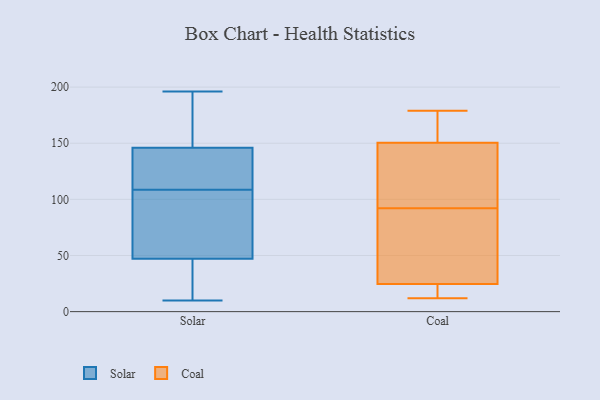
{"axis": {"x": "Operating Costs (USD K)", "y": "Value"}, "legend": ["Coal", "Solar"], "data": [{"x": "", "y": 108, "type": "Solar"}, {"x": "", "y": 183, "type": "Solar"}, {"x": "", "y": 172, "type": "Solar"}, {"x": "", "y": 99, "type": "Solar"}, {"x": "", "y": 47, "type": "Solar"}, {"x": "", "y": 33, "type": "Solar"}, {"x": "", "y": 10, "type": "Solar"}, {"x": "", "y": 109, "type": "Solar"}, {"x": "", "y": 196, "type": "Solar"}, {"x": "", "y": 60, "type": "Solar"}, {"x": "", "y": 40, "type": "Solar"}, {"x": "", "y": 146, "type": "Solar"}, {"x": "", "y": 124, "type": "Solar"}, {"x": "", "y": 109, "type": "Solar"}, {"x": "", "y": 123, "type": "Coal"}, {"x": "", "y": 20, "type": "Coal"}, {"x": "", "y": 29, "type": "Coal"}, {"x": "", "y": 12, "type": "Coal"}, {"x": "", "y": 171, "type": "Coal"}, {"x": "", "y": 93, "type": "Coal"}, {"x": "", "y": 14, "type": "Coal"}, {"x": "", "y": 169, "type": "Coal"}, {"x": "", "y": 132, "type": "Coal"}, {"x": "", "y": 179, "type": "Coal"}, {"x": "", "y": 45, "type": "Coal"}, {"x": "", "y": 91, "type": "Coal"}]}